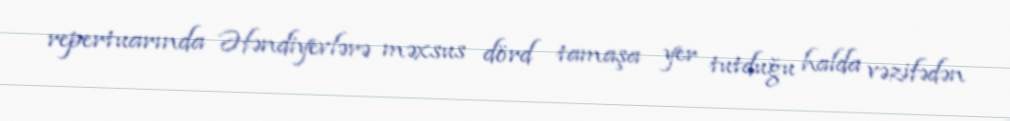
repertuarında Əfəndiyevlərə məxsus dörd tamaşa yer tutduğu halda vəzifədən